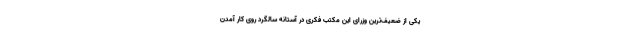
یکی از ضعیف‌ترین وزرای این مکتب فکری در آستانه سالگرد روی کار آمدن